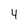
Character: 4